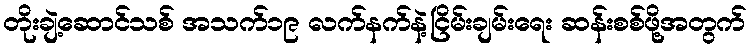
တိုးချဲ့ဆောင်သစ် အသက်၁၉ လက်နက်နဲ့ငြိမ်းချမ်းရေး ဆန်းစစ်ဖို့အတွက်